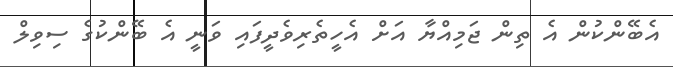
އެބޭންކުން އެ ތިން ޖަމިއްޔާ އަށް އެހީތެރިވެދީފައި ވަނީ އެ ބޭންކުގެ ސިވިލް